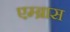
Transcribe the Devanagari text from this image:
एम्ब्रास